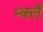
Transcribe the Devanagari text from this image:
म्क्लेँ